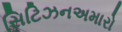
સિટિઝનઅમારો